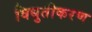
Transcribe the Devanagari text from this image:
विधुतीकरण